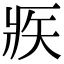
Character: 𤕺